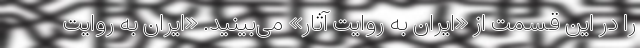
را در این قسمت از «ایران به روایت آثار» می‌بینید. «ایران به روایت